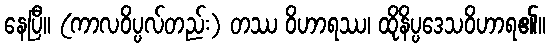
နေပြီ။ (ကာလဝိပ္ပလ်တည်း) တဿ ဝိဟာရဿ၊ ထိုနိပ္ပဒေသဝိဟာရ၏။